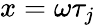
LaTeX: x=\omega\tau_{j}